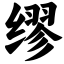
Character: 缪